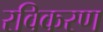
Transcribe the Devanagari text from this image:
रविकरण